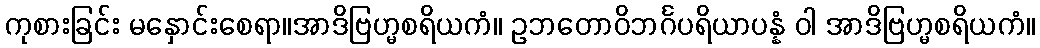
ကုစားခြင်း မနှောင်းစေရာ။အာဒိဗြဟ္မစရိယကံ။ ဥဘတောဝိဘင်္ဂပရိယာပန္နံ ဝါ အာဒိဗြဟ္မစရိယကံ။